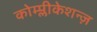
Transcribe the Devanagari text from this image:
कोम्प्लीकेशन्ज़